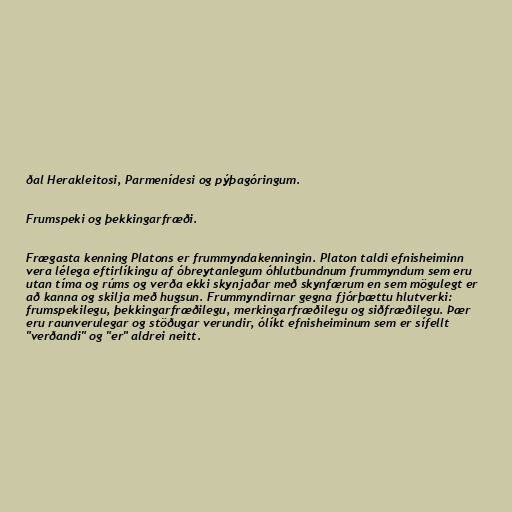
ðal Herakleitosi, Parmenídesi og pýþagóringum.

Frumspeki og þekkingarfræði.

Frægasta kenning Platons er frummyndakenningin. Platon taldi efnisheiminn
vera lélega eftirlíkingu af óbreytanlegum óhlutbundnum frummyndum sem eru
utan tíma og rúms og verða ekki skynjaðar með skynfærum en sem mögulegt er
að kanna og skilja með hugsun. Frummyndirnar gegna fjórþættu hlutverki:
frumspekilegu, þekkingarfræðilegu, merkingarfræðilegu og siðfræðilegu. Þær
eru raunverulegar og stöðugar verundir, ólíkt efnisheiminum sem er sífellt
"verðandi" og "er" aldrei neitt.